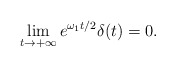
\begin{align*} \lim_{t\to +\infty} e^{\omega_1 t/2}\delta(t)=0. \end{align*}